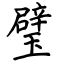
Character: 璧